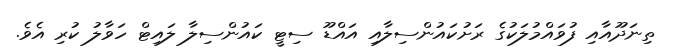
ތިނަދޫއާއި ފުވައްމުލަކުގެ ރަށުކައުންސިލާއި އައްޑޫ ސިޓީ ކައުންސިލާ ލައިޓް ހަވާލު ކުރި އެވެ.